Tezpur Lunatic Asylum reports 1877-1894 - 1877-1894
Year: 1877
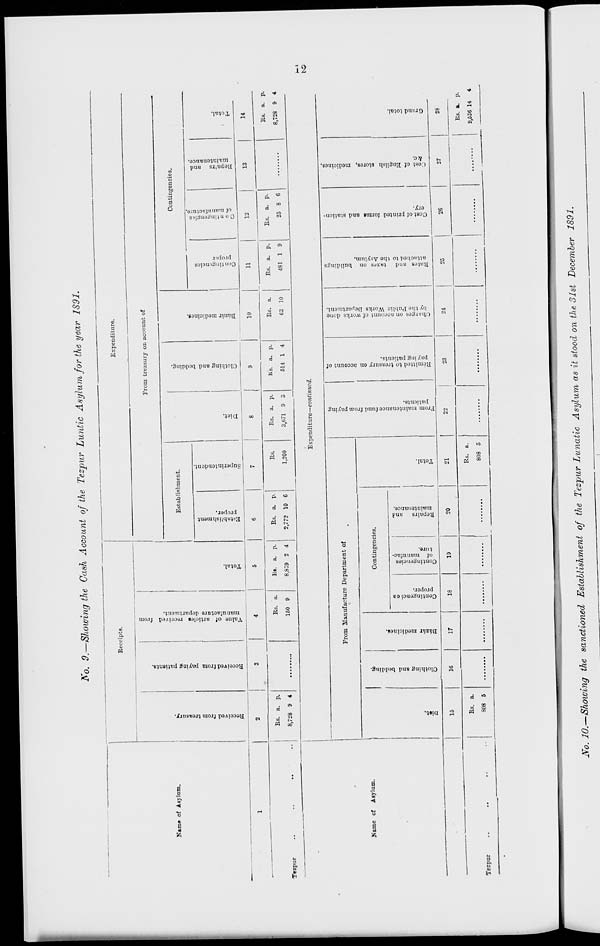
re
c:
00
Si
3
©
I? Co
a
Co'
c-t.
^
I
a
CO
a
Co
O
O
A,
©
Cb
C*
CO
Oo
•3 9
5
0
P
P
!■!»!.
Clothing and bedding.
Bazar medicines.
Contingencies
proper.
Contingencies
of manufac-
ture,
o
o
3
03.
3
Ttepairs nn.l
maintenance.
P
3
a
a
re
V u
B
re
3
00
to
p
9
Received from treasury.
Total.
From maintenance fund from paying
patients.
fed
K
3
P
■d
Received from paying patients.
Value of article! received from
manufacture department.
W
Total.
Remitted to treasury on account of
paying patients.
Charges on account of works done
by the Public Works Department.
Rates and taxes on buildings
attached to the Asylum.
Cost of printed form* and station-
ery.
5?
p
E-tnblishment
proper.
Superintendent,
fed
p
o»
Diet.
?
•a
Cl
W
Clothing and bedding.
j- f
Cost of English stores, medicines,
&c.
p
•d
Grand total.
Contingencies
proper
C ontinpenpits
of manufacture
3 o
B
fed
M
•d
3
P.
o
3
5"
03.
Repairs and
maintenance.
-, W
P
•d
Total.
?•
<^>
©
S
Co
u
s
s
•a
cV
Co
ST